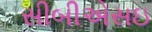
સીબીએસઇ